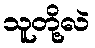
သူတို့လဲ